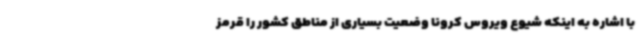
با اشاره به اینکه شیوع ویروس کرونا وضعیت بسیاری از مناطق کشور را قرمز